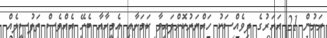
ރަށުން 21 އަހަރުގެ ދިވެއްސަކު ހައްޔަރުކޮށްފައިވާ ކަމަށާއި އެމީހާއާ ބެހޭ އެއްވެސް ތަފުސީލެއް